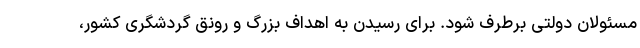
مسئولان دولتی برطرف شود. برای رسیدن به اهداف بزرگ و رونق گردشگری کشور،